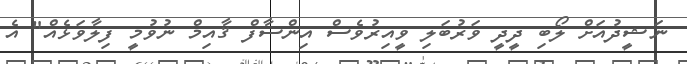
ނަޝީދުއަށް ލޯބި ދީދީ ވަރުބަލި ވީއިރުވެސް އިންސާފް ޤާއިމް ނުވުމީ ފިލާވަޅެއް" އެ